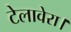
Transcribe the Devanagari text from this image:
टेलावेरा।